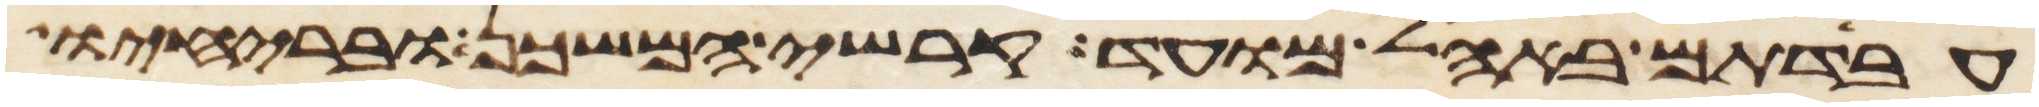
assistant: עבדתם באהל מועד קרשי המשכן ובריחיו